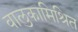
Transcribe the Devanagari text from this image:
वालुकामिश्रित